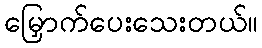
မြှောက်ပေးသေးတယ်။